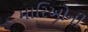
મારિઓની